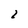
Character: 2